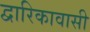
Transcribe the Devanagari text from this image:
द्वारिकावासी